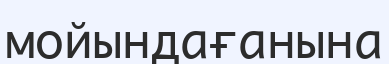
мойындағанына